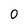
Character: 0